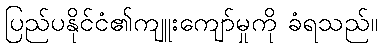
ပြည်ပနိုင်ငံ၏ကျူးကျော်မှုကို ခံရသည်။